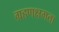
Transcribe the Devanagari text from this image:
ग्रहणक्षमता